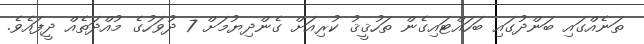
ތަނެއްގައި ބަންދުގައި ބަހައްޓައިގެން ތަހުޤީޤު ކުރިއަށް ގެންދިޔުމަށް 7 ދުވަހުގެ މުއްދަތެއް ދީފައެވެ.